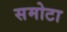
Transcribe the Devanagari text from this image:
समोटा